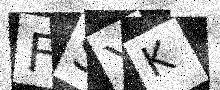
Text: FSYK